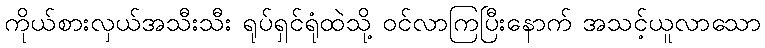
ကိုယ်စားလှယ်အသီးသီး ရုပ်ရှင်ရုံထဲသို့ ဝင်လာကြပြီးနောက် အသင့်ယူလာသော